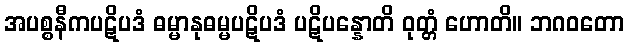
အပစ္စနီကပဋိပဒံ ဓမ္မာနုဓမ္မပဋိပဒံ ပဋိပန္နောတိ ဝုတ္တံ ဟောတိ။ ဘဂဝတော